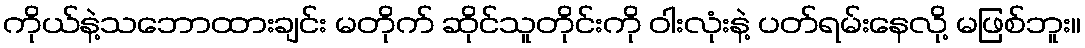
ကိုယ်နဲ့သဘောထားချင်း မတိုက် ဆိုင်သူတိုင်းကို ဝါးလုံးနဲ့ ပတ်ရမ်းနေလို့ မဖြစ်ဘူး။